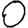
Digit: 0